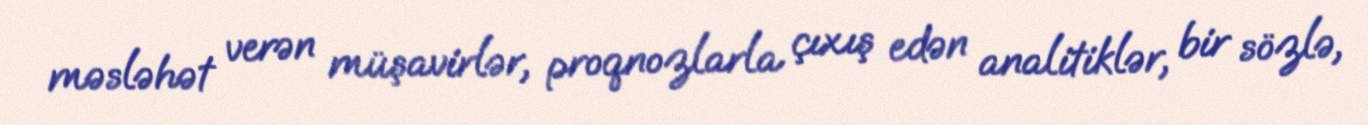
məsləhət verən müşavirlər, proqnozlarla çıxış edən analitiklər, bir sözlə,